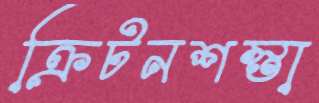
ক্রিটনশস্তা